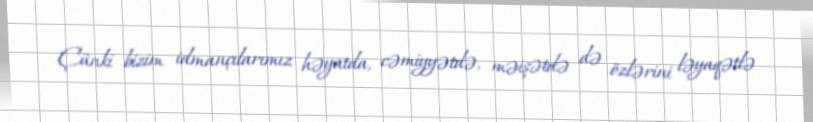
Çünki bizim idmançılarımız həyatda, cəmiyyətdə, məişətdə də özlərini ləyaqətlə